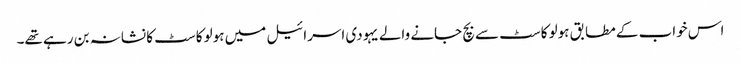
اس خواب کے مطابق ہولو کاسٹ سے بچ جانے والے یہودی اسرائیل میں ہولو کاسٹ کا نشانہ بن رہے تھے۔